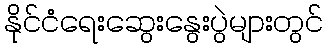
နိုင်ငံရေးဆွေးနွေးပွဲများတွင်